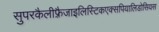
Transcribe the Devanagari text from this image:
सुपरकैलीफ़्रैजाइलिस्टिकएक्सपियालिडोसियस